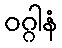
ဝဂ္ဂါနံ